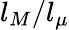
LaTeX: l_{M}/l_{\mu}